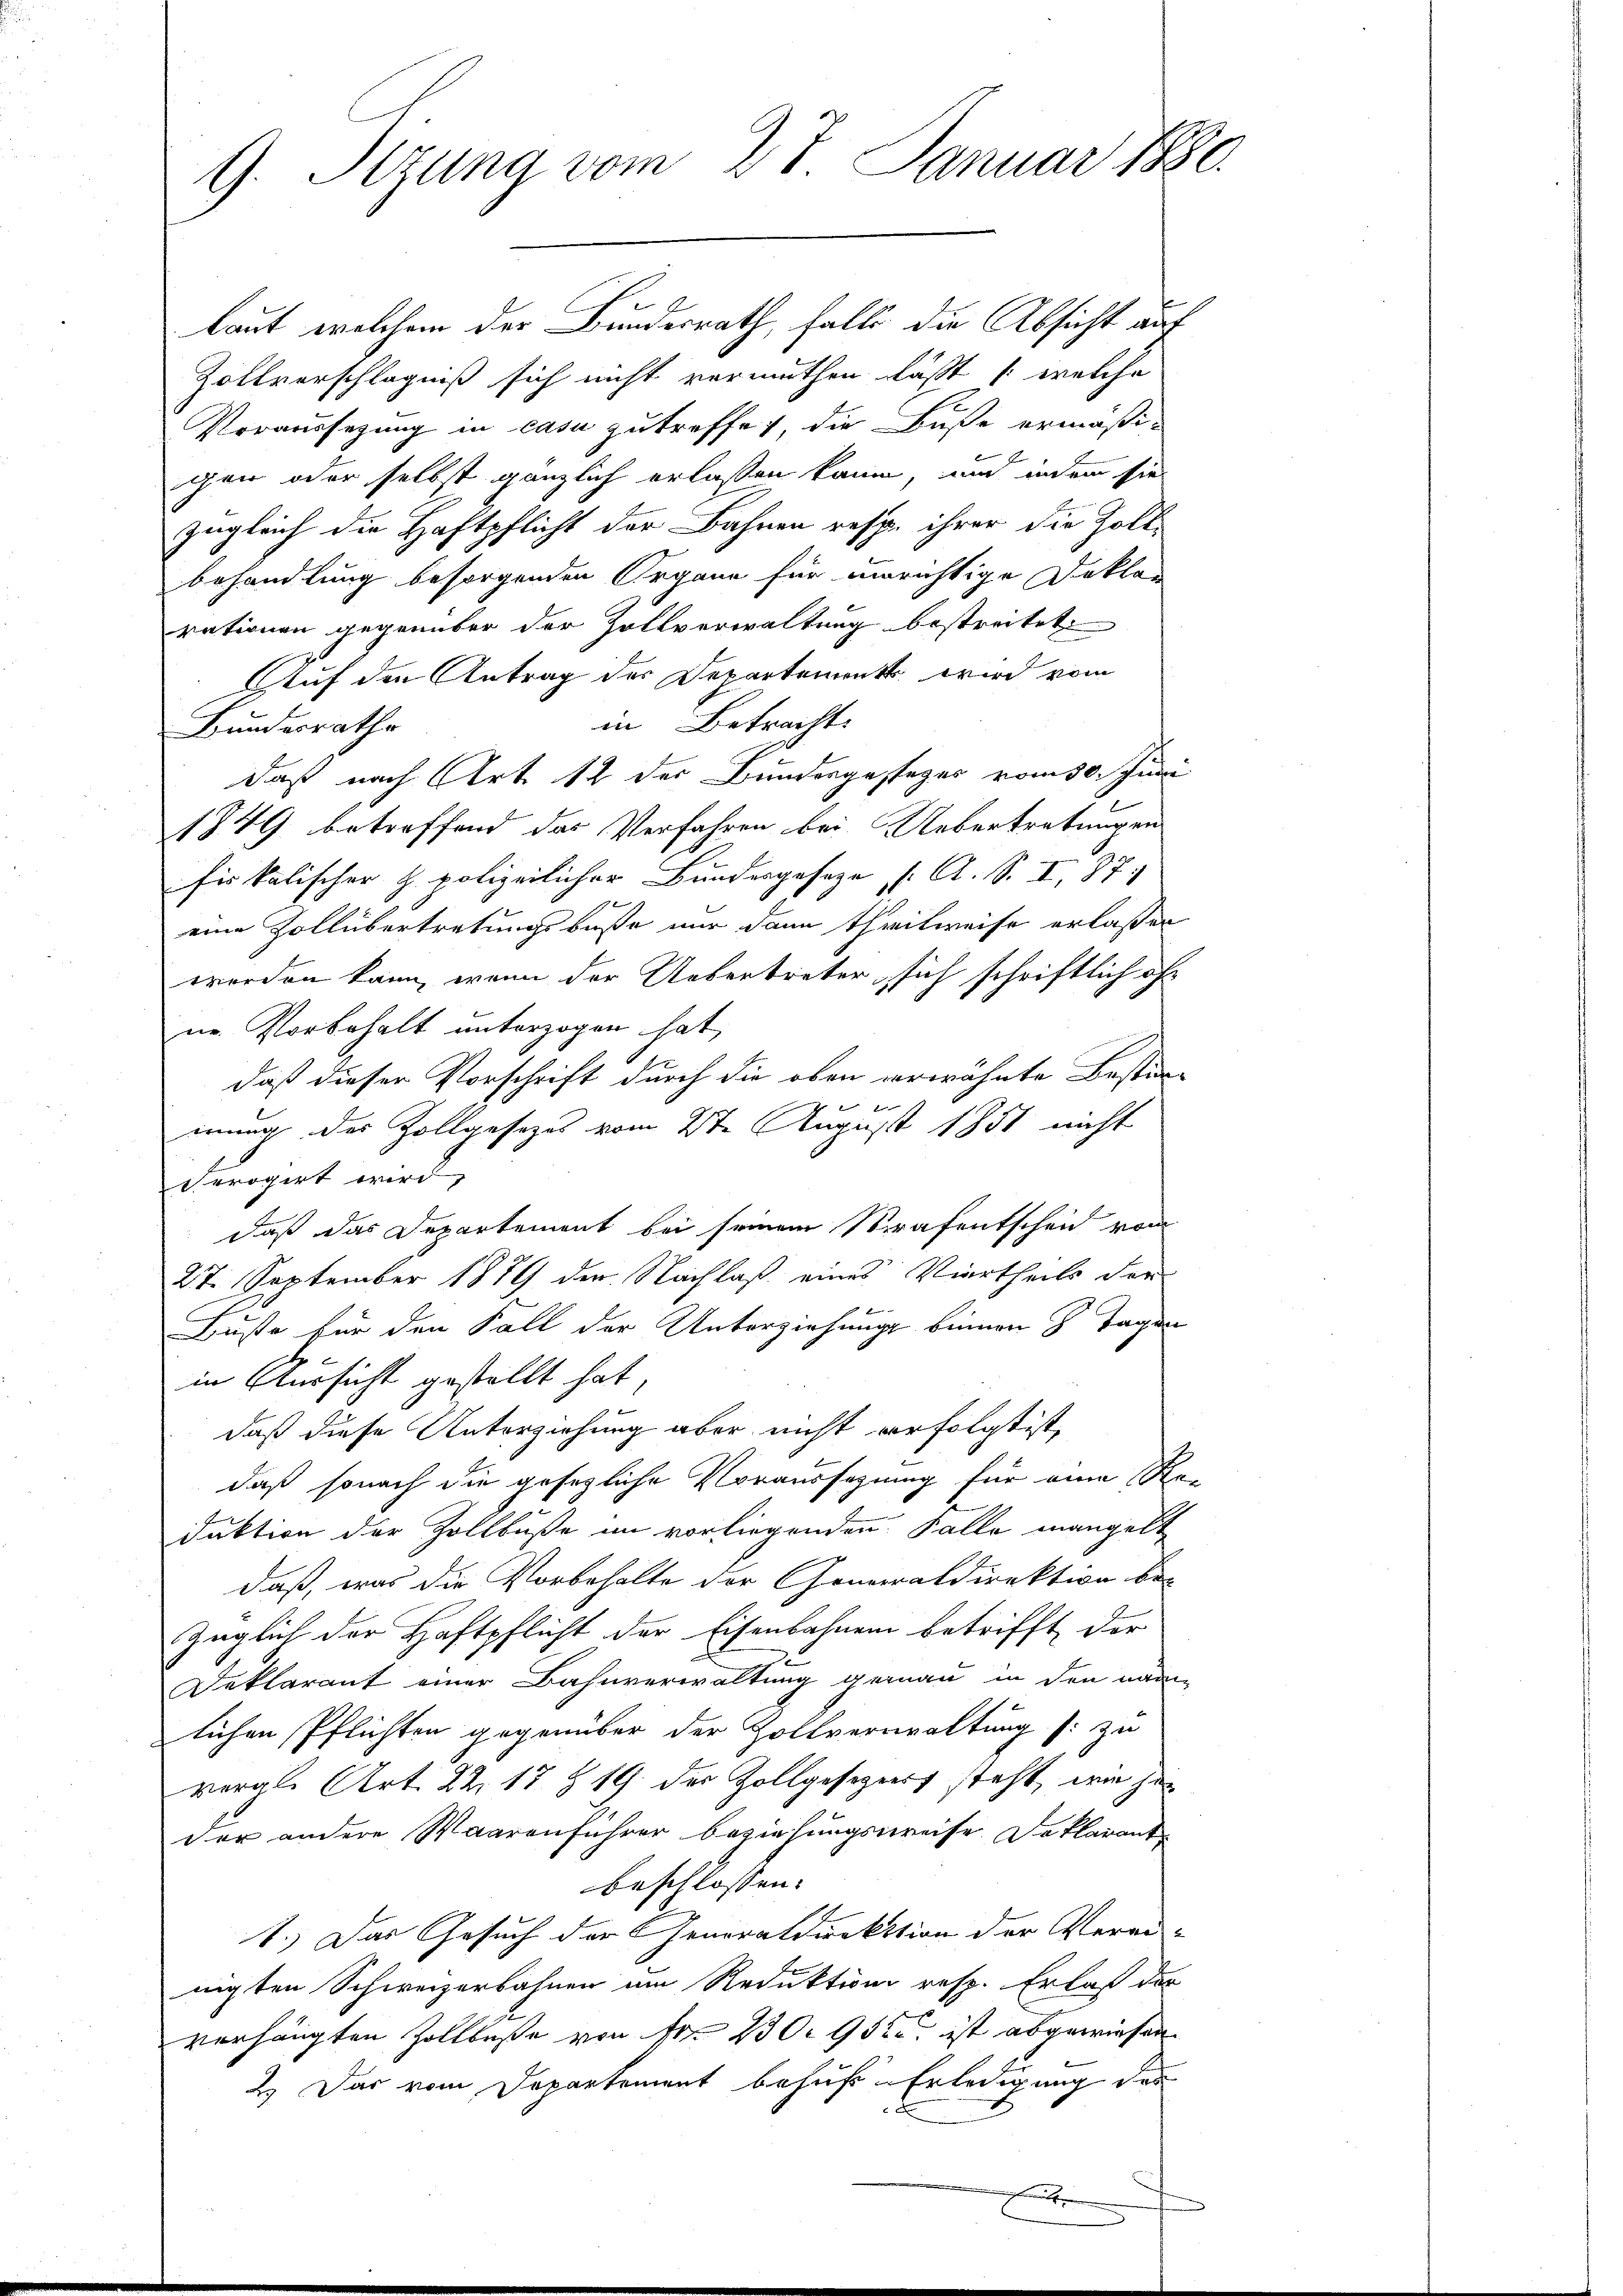
9. Sizung vom 27. Januar 1880.

laut, welchem der Bundesrath, falls die Absicht auf
Zollverschlägniß sich nicht vermuthen lässt (welche
Voraussagung in casu zutreffe, die Buße ermäßigen oder selbst gänzlich erlassen kann, und indem sie
zugleich die Haftpflicht der Bahnen resp. ihrer die Zollbehandlung besorgenden Organe für morichtige Doktor
rationen gegenüber der Zollverwaltung bestreitet
Auf den Antrag der Departement wird vom
in Betracht.
Bundesrathe
daß nach Art. 12 der Bundesgestages vom 30. Juni
1849 betreffend das Verfahren bei Uebertretungen
fiskalischer H. polizeilicher Bundesgeseze . A. S. I, 87
eine Zollübertretungsbuße nur dann theilweise erlaßen
worden kann, wenn der Uebertreter sich schriftlich of
ur. Vorbehalt unterzogen hat,
daß dieser Vorschrift durch die oben erwähnte Bestimmung des Zollgesetzes vom 2te August 1851 nicht
Perogirt wird,
daß das Departement bei seinem Strafentscheid vom
27. September 1879 der Nachlaß eines Viertheils der
Buße für den Fall der Unterziehungs binnen 8 Tagen
in Aussicht gestellt hat,
daß diese Unterziehung aber nicht verfolgt ist,
daß sonach die gesetzliche Voraussagung für eine Re-
duktion der Zollbuße im vorliegenden Falle mangelt
daß, was die Vorbehalte der Generaldirektion be-
züglich der Haftpflicht der Eisenbahnen betrifft der
Deklarant einer Bahnverwaltung gemann in den nam
lichen Pflichten gegenüber der Zollverwaltung (: zu
vergl. Art. 22. 13 § 19. der Zollgesezerrt steht, wie her
der andere Waarenführer beziehungsweise Deklarant
beschlossen:
1.) Das Gesuch der Generaldirektion der Vereinigten Schweizerbahnen um Reduktion resp. Erlaß der
verhängten Zollbuße von Fr. 230. 912 ist abgewiesen
2.) Das vom Departement behufs Erledigung des
e

.